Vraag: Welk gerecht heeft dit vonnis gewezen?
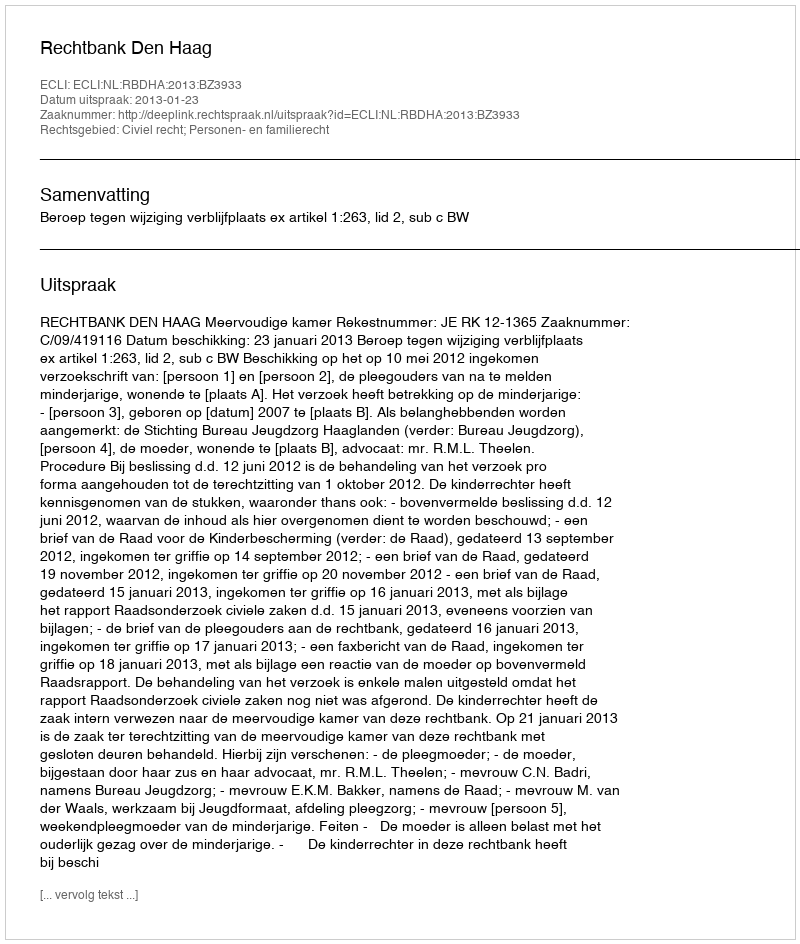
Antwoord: Rechtbank Den Haag